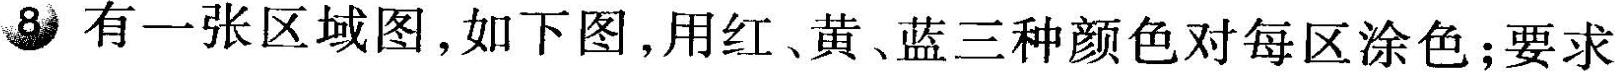
8 有一张区域图，如下图，用红、黄、蓝三种颜色对每区涂色；要求